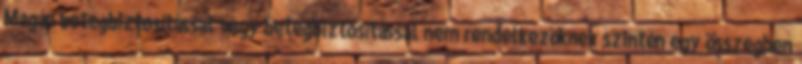
Magán betegbiztosítással vagy betegbiztosítással nem rendelkezőknek szintén egy összegben